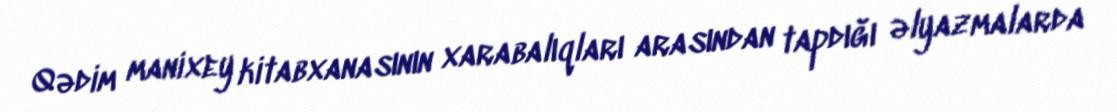
Qədim manixey kitabxanasının xarabalıqları arasından tapdığı əlyazmalarda